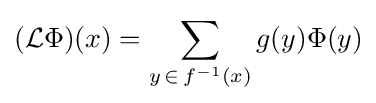
({\mathcal {L}}\Phi )(x)=\sum _{y\,\in \,f^{-1}(x)}g(y)\Phi (y)